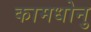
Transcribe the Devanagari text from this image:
कामधोनु